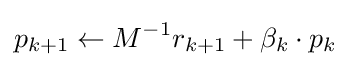
p_{k+1}\leftarrow M^{-1}r_{k+1}+\beta _{k}\cdot p_{k}